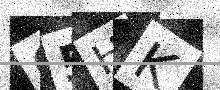
Text: O5HK